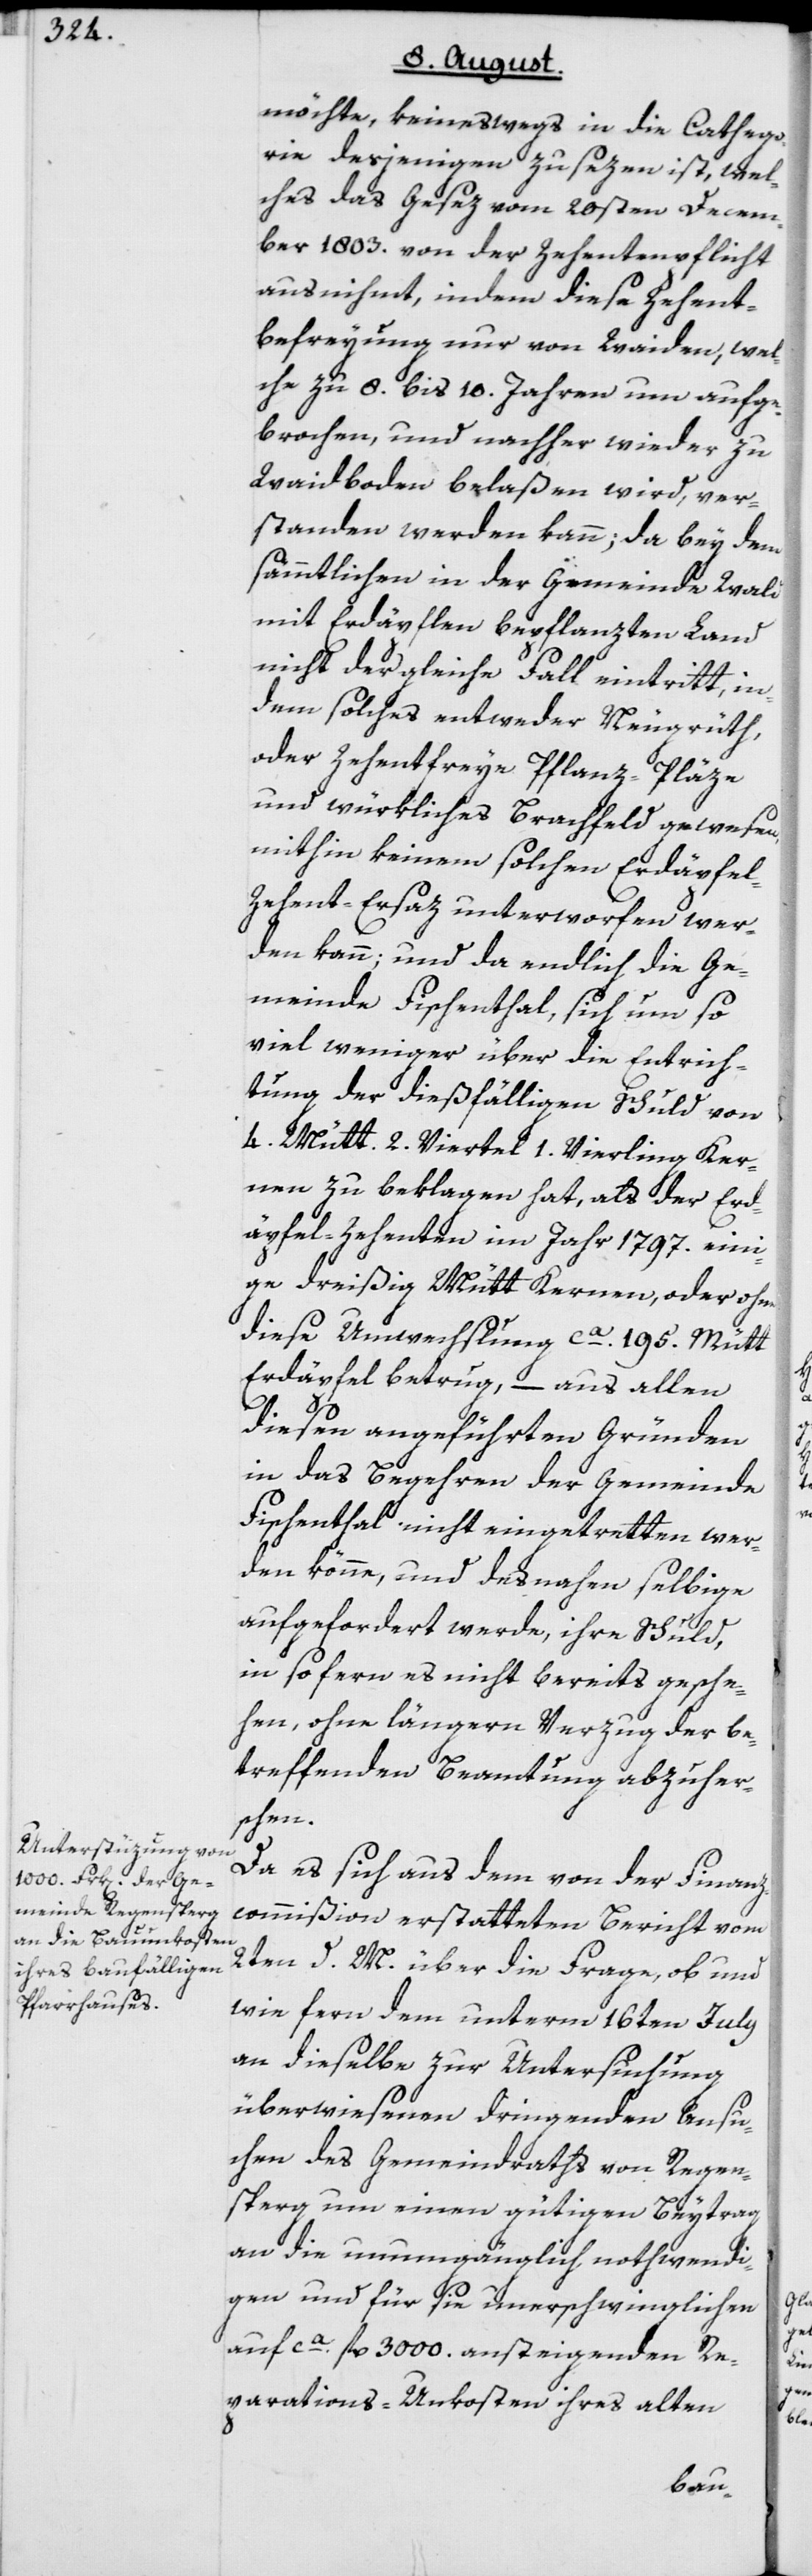
möchte, keineswegs in die Cathego¬
rie desjenigen zu sezen ist, wel¬
ches das Gesez vom 20sten Decem¬
ber 1803. von der Zehentenpflicht
ausnihmt, indem diese Zehent¬
befreyung nur von den Waiden, wel¬
che zu 8. bis 10. Jahren um aufge¬
brochen, und nachher wieder zu
Waidboden belaßen wird, ver¬
standen werden kann; da bey dem
sämmtlichen in der Gemeinde Wald
mit Erdäpflen bepflanzten Land
nicht der gleiche Fall eintritt, in¬
dem solches entweder Neugrüth,
oder Zehentfreye Pflanz-Pläze
und würkliches Brachfeld gewesen,
mithin keinem solchen Erdäpfe¬
l-Zehent-Ersaz unterworfen wer¬
den kann; und da endlich die Ge¬
meinde Fischenthal, sich um so
viel weniger über die Entrich¬
tung der dießfälligen Schuld von
4. Mütt 2. Viertel 1. Vierling Ker¬
nen zu beklagen hat, als der Erd¬
äpfel-Zehenten im Jahr 1797. eini¬
ge dreißig Mütt Kernen, oder ohne
diese Umwechslung ca. 195. Mütt
Erdäpfel betrug, – aus allen
diesen angeführten Gründen
in das Begehren der Gemeinde
Fischenthal nicht eingetretten wer¬
den könne, und desnahen selbige
aufgefordert werde, ihre Schuld,
in so fern es nicht bereits gesche¬
hen, ohne längern Verzug der be¬
treffenden Beamtung abzuhe¬
chen.
Da es sich aus dem von der Finanz¬
commißion erstatteten Bericht vom
2ten d. M. über die Frage, ob und
wie fern dem unterm 16ten July
an dieselbe zur Untersuchung
überwiesenen dringenden Ansu¬
chen des Gemeindraths von Regen¬
sperg um einen gütigen Beytrag
an die unumgänglich nothwendi¬
gen und für sie unerschwinglichen
auf ca. fl. 3000. ansteigenden Re¬
parations-Unkosten ihres alten
r[r]s¬